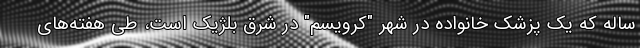
ساله که یک پزشک خانواده در شهر "کرویسِم" در شرق بلژیک است، طی هفته‌های